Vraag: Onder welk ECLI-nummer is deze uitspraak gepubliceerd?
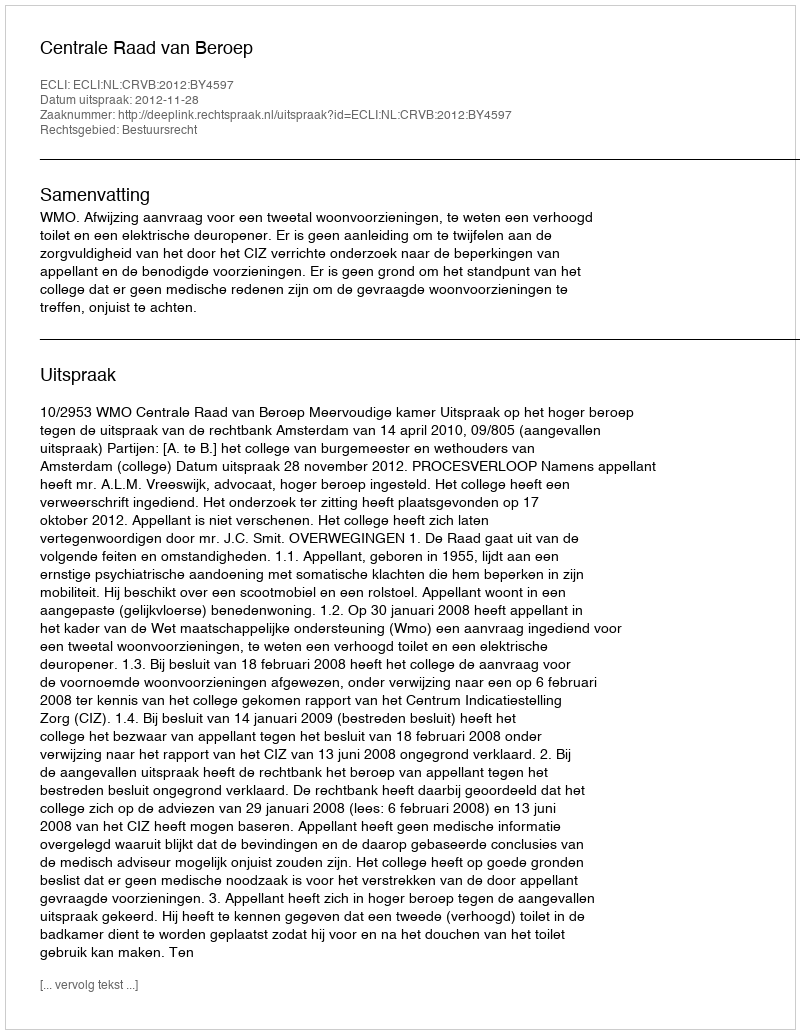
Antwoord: ECLI:NL:CRVB:2012:BY4597